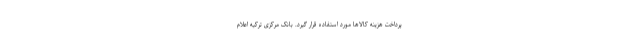
پرداخت هزینه کالاها مورد استفاده قرار گیرد. بانک مرکزی ترکیه اعلام